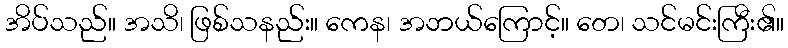
အိပ်သည်။ အသိ၊ ဖြစ်သနည်း။ ကေန၊ အဘယ်ကြောင့်။ တေ၊ သင်မင်းကြီး၏။